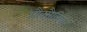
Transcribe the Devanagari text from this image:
औक्सैलिक